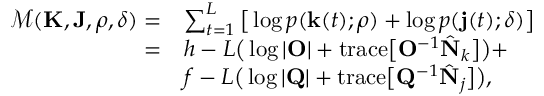
\begin{array} { r l } { \mathcal { M } ( \mathbf { K } , \mathbf { J } , \boldsymbol { \rho } , \boldsymbol { \delta } ) = } & { \sum _ { t = 1 } ^ { L } \big [ \log \mathnormal { p } ( \mathbf { k } ( t ) ; \boldsymbol { \rho } ) + \log \mathnormal { p } ( \mathbf { j } ( t ) ; \boldsymbol { \delta } ) \big ] } \\ { = } & { h - L \big ( \log \vert \mathbf { O } \vert + \mathrm { t r a c e } \big [ \mathbf { O } ^ { - 1 } \hat { \mathbf { N } } _ { k } \big ] \big ) + } \\ & { f - L \big ( \log \vert \mathbf { Q } \vert + \mathrm { t r a c e } \big [ \mathbf { Q } ^ { - 1 } \hat { \mathbf { N } } _ { j } \big ] \big ) , } \end{array}